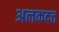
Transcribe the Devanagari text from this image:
अलकदत्त